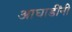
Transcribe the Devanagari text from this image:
आघाडींनी